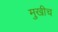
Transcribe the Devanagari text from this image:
मुखीच